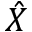
\hat { X }